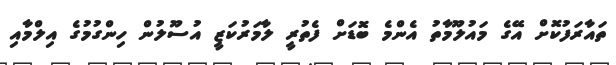
ތައާރަފުކޮށް އޭގެ މައުލޫމާތު އެންމެ ބޮޑަށް ފެތުރީ ލާމަރުކަޒީ އުސޫލުން ހިންގުމުގެ އިލްމާއި